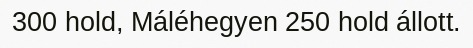
300 hold, Máléhegyen 250 hold állott.